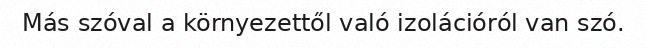
Más szóval a környezettől való izolációról van szó.